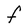
Character: F